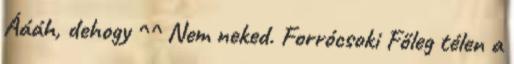
Áááh, dehogy ^^ Nem neked. Forrócsoki Főleg télen a